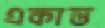
একান্ত